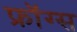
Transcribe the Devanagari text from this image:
फ्रॉग्स